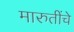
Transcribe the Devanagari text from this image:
मारुतींचे